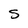
Character: S